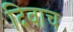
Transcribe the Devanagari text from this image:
दिवाच